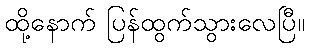
ထို့နောက် ပြန်ထွက်သွားလေပြီ။